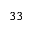
^ { 3 3 }